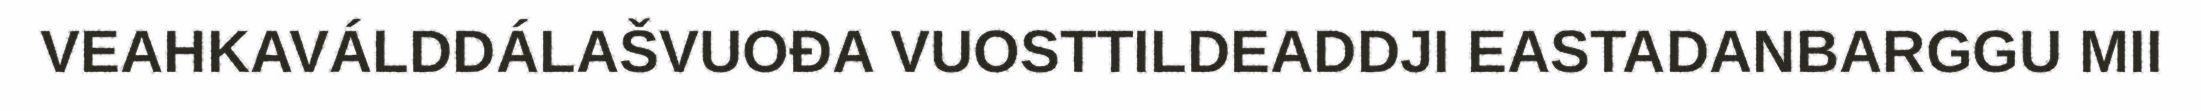
VEAHKAVÁLDDÁLAŠVUOĐA VUOSTTILDEADDJI EASTADANBARGGU MII